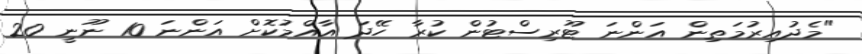
"މެދުއިރުމަތިން އަންނަ ޓޫރިސްޓުން ކުރާ ހޭދަ އާއްމުކޮށް އަންނަ 10 ނޫނީ 20